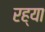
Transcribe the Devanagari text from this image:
रह्या